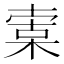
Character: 𣕣